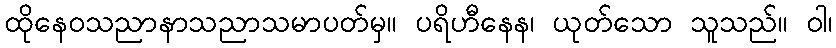
ထိုနေဝသညာနာသညာသမာပတ်မှ။ ပရိဟီနေန၊ ယုတ်သော သူသည်။ ဝါ၊